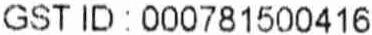
GST ID : 000781500416